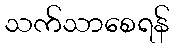
သက်သာစေရန်